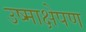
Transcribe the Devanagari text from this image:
उष्माक्षेपण